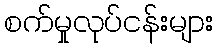
စက်မှုလုပ်ငန်းများ